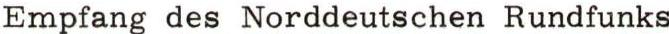
Empfang des Norddeutschen Rundfunks